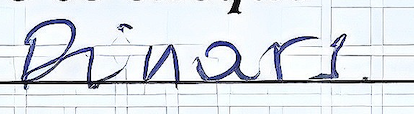
Dinars